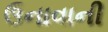
ઉનાવાની